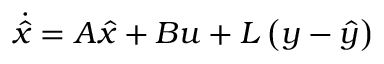
{ \dot { \hat { x } } } = A { \hat { x } } + B u + L \left( y - { \hat { y } } \right)